Report on malaria in the Punjab during the year ...  together with an account of the work of the Punjab Malaria Bureau - Volume 6
Disease focus: Malaria
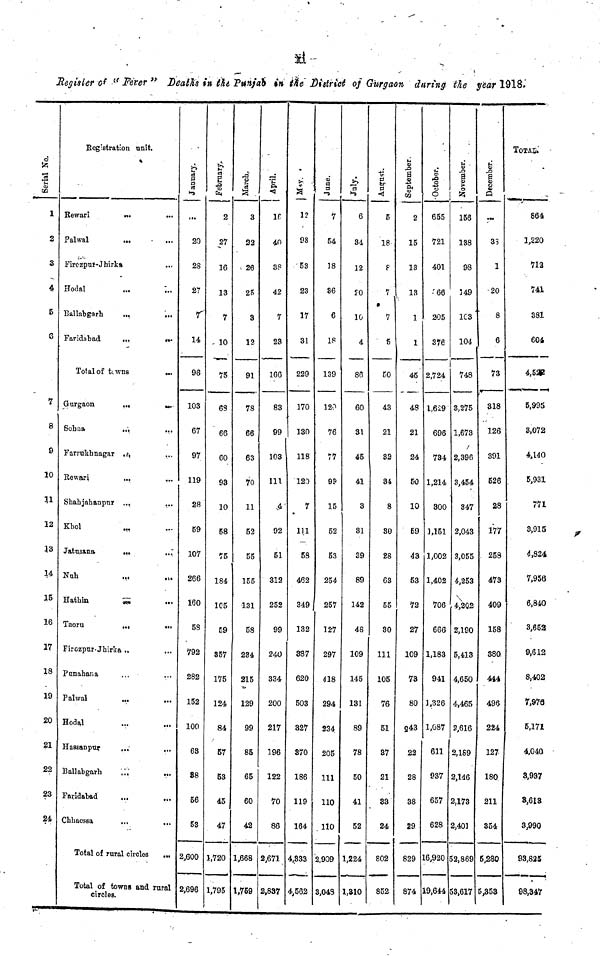
Register of l< Fever " Deaths in iU Pttnj'ah in t%e' district of Gurgaon during tie year 1018.'
1 Serial No.
1
2
S
4
S
6
7
8
9
10
11
12
*3
14
15
16
17
18
19
20
21
22
23
24
Eegistration unit.
Rewari
«•
...
Palwal
Firozput-Jhirka
Hodal
Ballabgarb
Faridabad
,.,
n .
Total of tcwns
Gurgaon
...
^.
Sohna
Farrukhnagar ,j,
Rewari
...
...
Shabjahanpur ...
...
Kbol
Jatusana
,„
Nab
...
Hathin
5^
...
Taoru
Firozpur-Jhirka ..
Panahana
Palwal
Hodal
Hassanpur
Ballabgarh
.;,"
.„
Faridabad
...
„,
Cbhaessa
...
...
Total of rural circles
.„
Total of towns and rural
circles.
a
e8
>•»
...
20
28
27
r
14
96
103
67
97
119
28
59
107
266
160
5S
792
282
152
100
63
88
56
53
2,600
2,696
E
•g
EH
2
27
16
13
7
- 10
75
63
66
60
93
10
58
75
184
105
59
857
175
124
84
57
53
45
47
1,720
1,795
.—.
March..
3
22
. 26
25
3
12
91
78
66
63
70
11
52
55
155
131
58
234
215
129
99
85
65
60
42
1,668
1,759
April.
If
40
38
42
7
28
166
83
99
103
111
•4
92
51
312
252
99
240
334
200
217
196
122
70
86
2,671
2,837
si
12
93
'53
23
17
31
229
170
130
118
120
7
1U
58
462
349
132
387
620
503
327
870
186
119
164
4,833
4,562
CD
a a
"9
7
54
18
86
6
IS
139
120
76
77
9P
15
52
63
254
257
127
297
418
294
234
205
111
110
. no
2,909
3,043
6
34
12
SO
1C
4
86
60
31
45
41
3
81
29
89
142
48
109
145
131
89
78
50
41
52
1,224
1,310
1
E
18
f
7
*
7
5
BO
43
21
82
34
8
80
28
63
55
80
111
105
76
51
37
21
33
24
802
852
September.
2
15
13
13
1
1
45
48
21
24
50
10
B9
43
53
72
27
109
73
80
243
22
28
38
29
829
874
• October.
655
721
401
•66
205
376
2,724
i,6£9
696
734
1,214
300
1,151
1,002
1,402
706
666
1,183
941
1,326
1,087
611
937
657
628
16,920
19,644
November.
156
138
98
149
1C3'
104
748
3,275
1,673
2,396
3,454
847
2,043
3,055
4,253
4,202
2,190
5,413
4,650
4,465
2,616
2,169
2,146
2,173
2,401
52,869
53,617
December.
33
1
20
8
6
73
318
126
391
526
28
177
258
473
409
158
380.
414
496
224
127
180
211
354
6,280
5,353
TOTAI.
864
1,220
712
741
381
601
4,5&
5,995
3,072
4,140
5,931
771
3,915
4,824
7,956
6,840
3,653
9,612
8,402
7,978
5,171
4,040
3,937
8,618
3,990
93,825
98,347